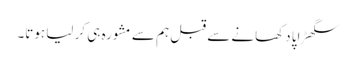
سگھڑاپا دکھانے سے قبل ہم سے مشورہ ہی کر لیا ہوتا۔